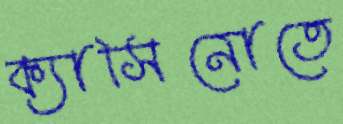
ক্যাসিনোতে